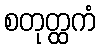
စတုတ္ထကံ